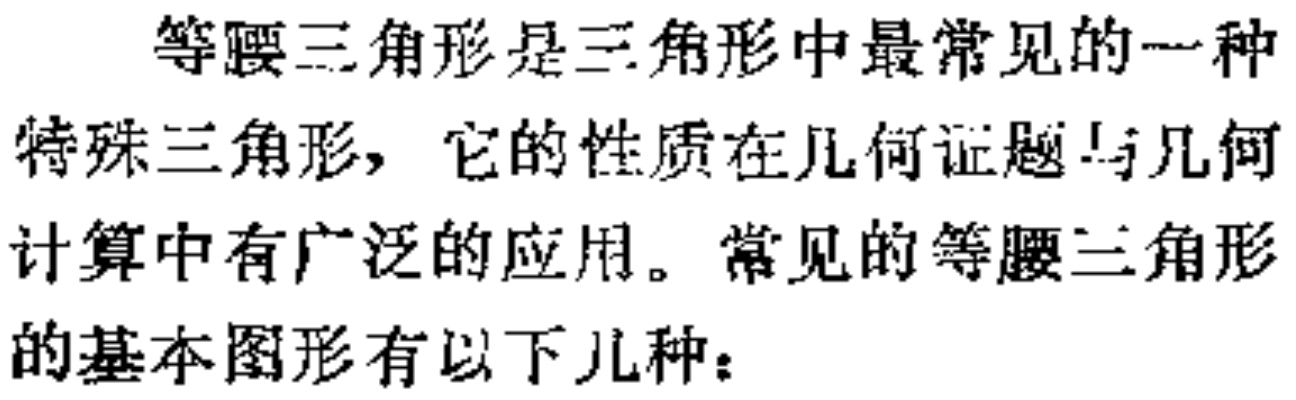
等腰三角形是三角形中最常见的一种特殊三角形，它的性质在几何证题与几何计算中有广泛的应用。常见的等腰三角形的基本图形有以下几种：